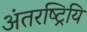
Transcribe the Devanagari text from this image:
अंतरष्ट्रियि